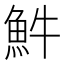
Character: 𩵠